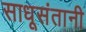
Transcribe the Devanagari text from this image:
साधूसंतानी